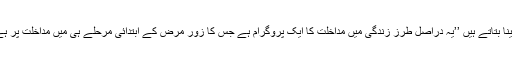
جینا بتاتے ہیں ’’یہ دراصل طرزِ زندگی میں مداخلت کا ایک پروگرام ہے جس کا زور مرض کے ابتدائی مرحلے ہی میں مداخلت پر ہے۔